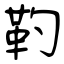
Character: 靮